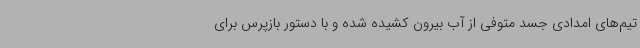
تیم‌های امدادی جسد متوفی از آب بیرون کشیده شده و با دستور بازپرس برای